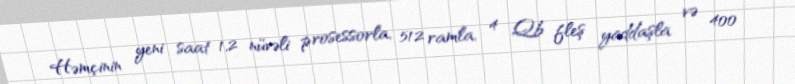
Həmçinin yeni saat 1,2 nüvəli prosessorla, 512 ramla, 4 Qb fleş yaddaşla və 400